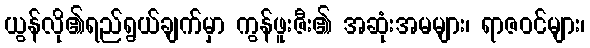
ယွန်လို၏ရည်ရွယ်ချက်မှာ ကွန်ဖူးဇီး၏ အဆုံးအမများ၊ ရာဇဝင်များ၊